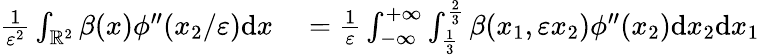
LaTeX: \begin{array}{rl}{\frac{1}{\varepsilon^{2}}\int_{\mathbb{R}^{2}}\beta(x)\phi^{\prime\prime}(x_{2}/\varepsilon)\textrm{d}x}&{{}=\frac{1}{\varepsilon}\int_{-\infty}^{+\infty}\int_{\frac{1}{3}}^{\frac{2}{3}}\beta(x_{1},\varepsilon x_{2})\phi^{\prime\prime}(x_{2})\textrm{d}x_{2}\textrm{d}x_{1}}\end{array}